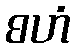
စဟံ